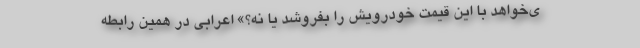
ی‌خواهد با این قیمت خودرویش را بفروشد یا نه؟» اعرابی در همین رابطه